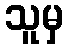
သူမှ